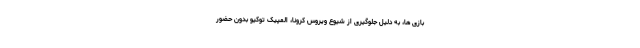
بازی ها، به دلیل جلوگیری از شیوع ویروس کرونا، المپیک توکیو بدون حضور